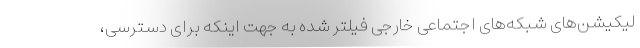
لیکیشن‌های شبکه‌های اجتماعی خارجی فیلتر شده به جهت اینکه برای دسترسی،